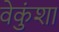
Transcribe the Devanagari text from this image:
वेकुंशा